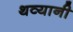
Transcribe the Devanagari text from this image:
थव्यानी